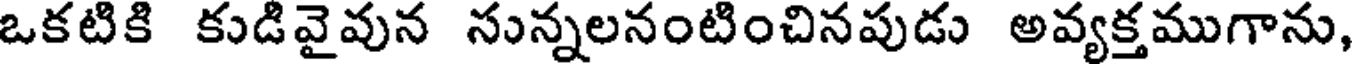
ఒకటికి కుడివైవున సున్నలనంటించినపుడు అవ్యక్తముగాను,